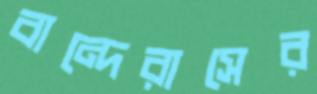
বান্দেরাসের